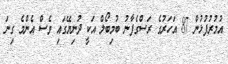
އުމުރުފުޅުން 87 އަހަރުގެ ރަސްގެފާނު ބުމިބޯލް އަކީ ދުނިޔޭގައި ވެސް އެންމެ ގިނަ